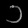
Digit: ၁